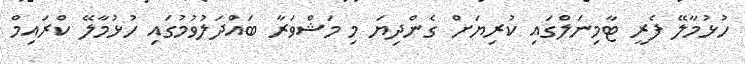
ހުޅުމާލޭ ފެރީ ޓާމިނަލްގައި ކުރިޔަށް ގެންދިޔަ މި މަޝްވަރާ ބައްދަލުވުމުގައި ހުޅުމާލޭ ކްރައިމް